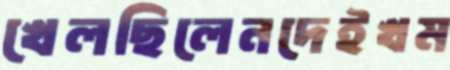
খেলছিলেনদেইখম